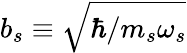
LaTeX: b_{s}\equiv\sqrt{{\hbar}/{m_{s}\omega_{s}}}